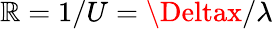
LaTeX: \mathbb{R}=1/U=\Deltax/\lambda